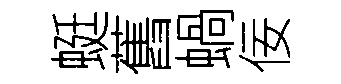
蜓舊蝸佞